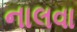
નાલવા